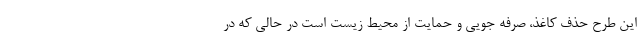
این طرح حذف کاغذ، صرفه جویی و حمایت از محیط زیست است در حالی که در